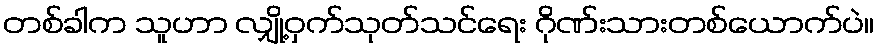
တစ်ခါက သူဟာ လျှို့ဝှက်သုတ်သင်ရေး ဂိုဏ်းသားတစ်ယောက်ပဲ။